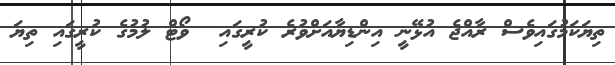
ތިޔަކަމުގައިވެސް ރާއްޖެ އުޅޭނީ އިންޑިޔާއަށްވުރެ ކުރީގައި  ވޯޓް ލުމުގެ ކުރީގައި ތިޔަ